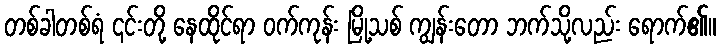
တစ်ခါတစ်ရံ ၎င်းတို့ နေထိုင်ရာ ဝက်ကုန်း မြို့သစ် ကျွန်းတော ဘက်သို့လည်း ရောက်၏။